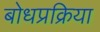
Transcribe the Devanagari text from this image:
बोधप्रक्रिया